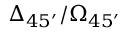
\Delta _ { 4 5 ^ { \prime } } / \Omega _ { 4 5 ^ { \prime } }